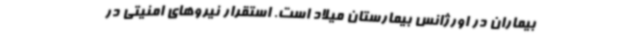
بیماران در اورژانس بیمارستان میلاد است. استقرار نیروهای امنیتی در